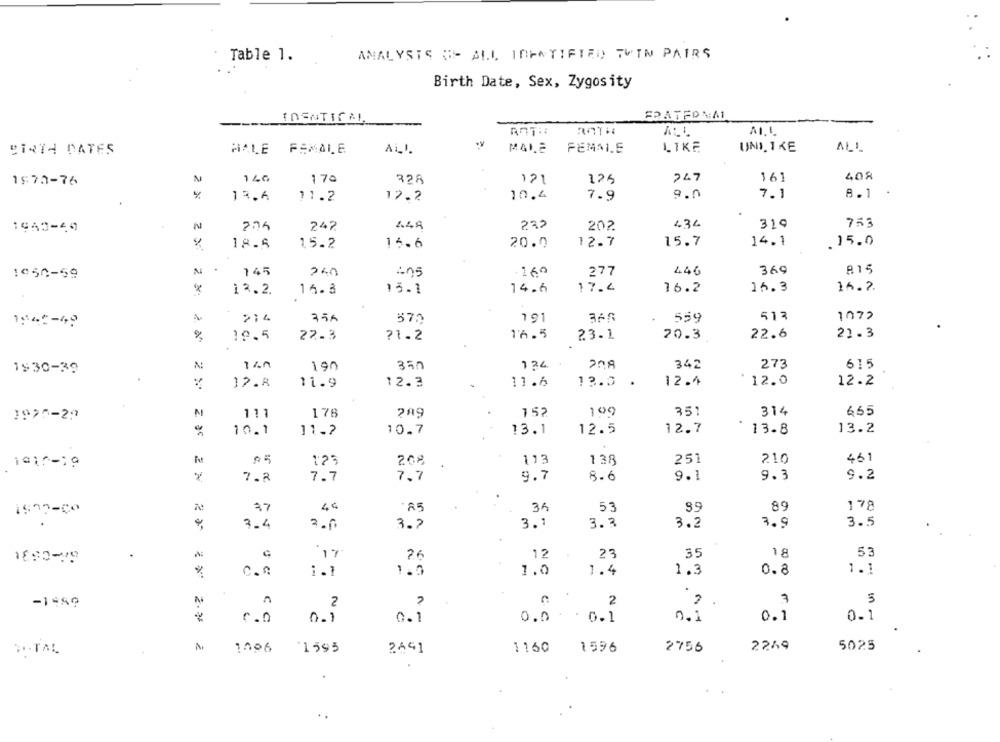
Table 1.
ANALYSIS OF ALL IDENTIFIED TWIN PAIRS
Birth Date, Sex, Zygosity
IDENTICAL
FRATFONA
ROTH
ALL
.y
MALE
FEMMI.E
LIKE
UNLIKE
BIR74 DATES
MALE FEMALE
166
170
121
125
247
161
408
18:70-76
M
728
9.0
7.1
8.1
19.6
11.2
12.2
10.4
7.9
753
1953-40
242
1.49
232
202
436
319
18.6
15.2
15.6
20.0
12.7
15.7
14.1
.15.0
2
145
240
.160
277
446
369
1050-59
12.2.
15.1
14.6
17.4
16.2
16.3
16.2.
16.3
>14
57.2
191
559
513
1072
1942-49
21.3
10.5
22.3
71.2
16.5
23.1
20.3
22.6
342
273
615
1930-39
190
350
1 24
12.8
11.9
12.3
11.6
13.0
.
12.4
12.0
12.2
111
178
289
152
100
351
314
665
1970-29
10.1
11.2
10.7
13.1
12.5
12.7
13.8
13.2
05
125
113
138
251
210
461
208
7.8
7.7
7,7
9.7
8.6
9.1
9.3
9.2
1977-Co
77
44
35
53
89
89
178
.
3.4
2.0
3.2
3.1
3.3
3.2
3.9
3.5
17
26
12
23
35
18
53
0.0
1.5
1.0
1.4
1.3
0.8
1.1
1.1
n
2
2
3
3
-1989
0.1
c.n
0.1
0.1
0.0 0.1
0.1
0.1
2.TAL
1006
1595
2641
1160
1596
2756
2249
5025